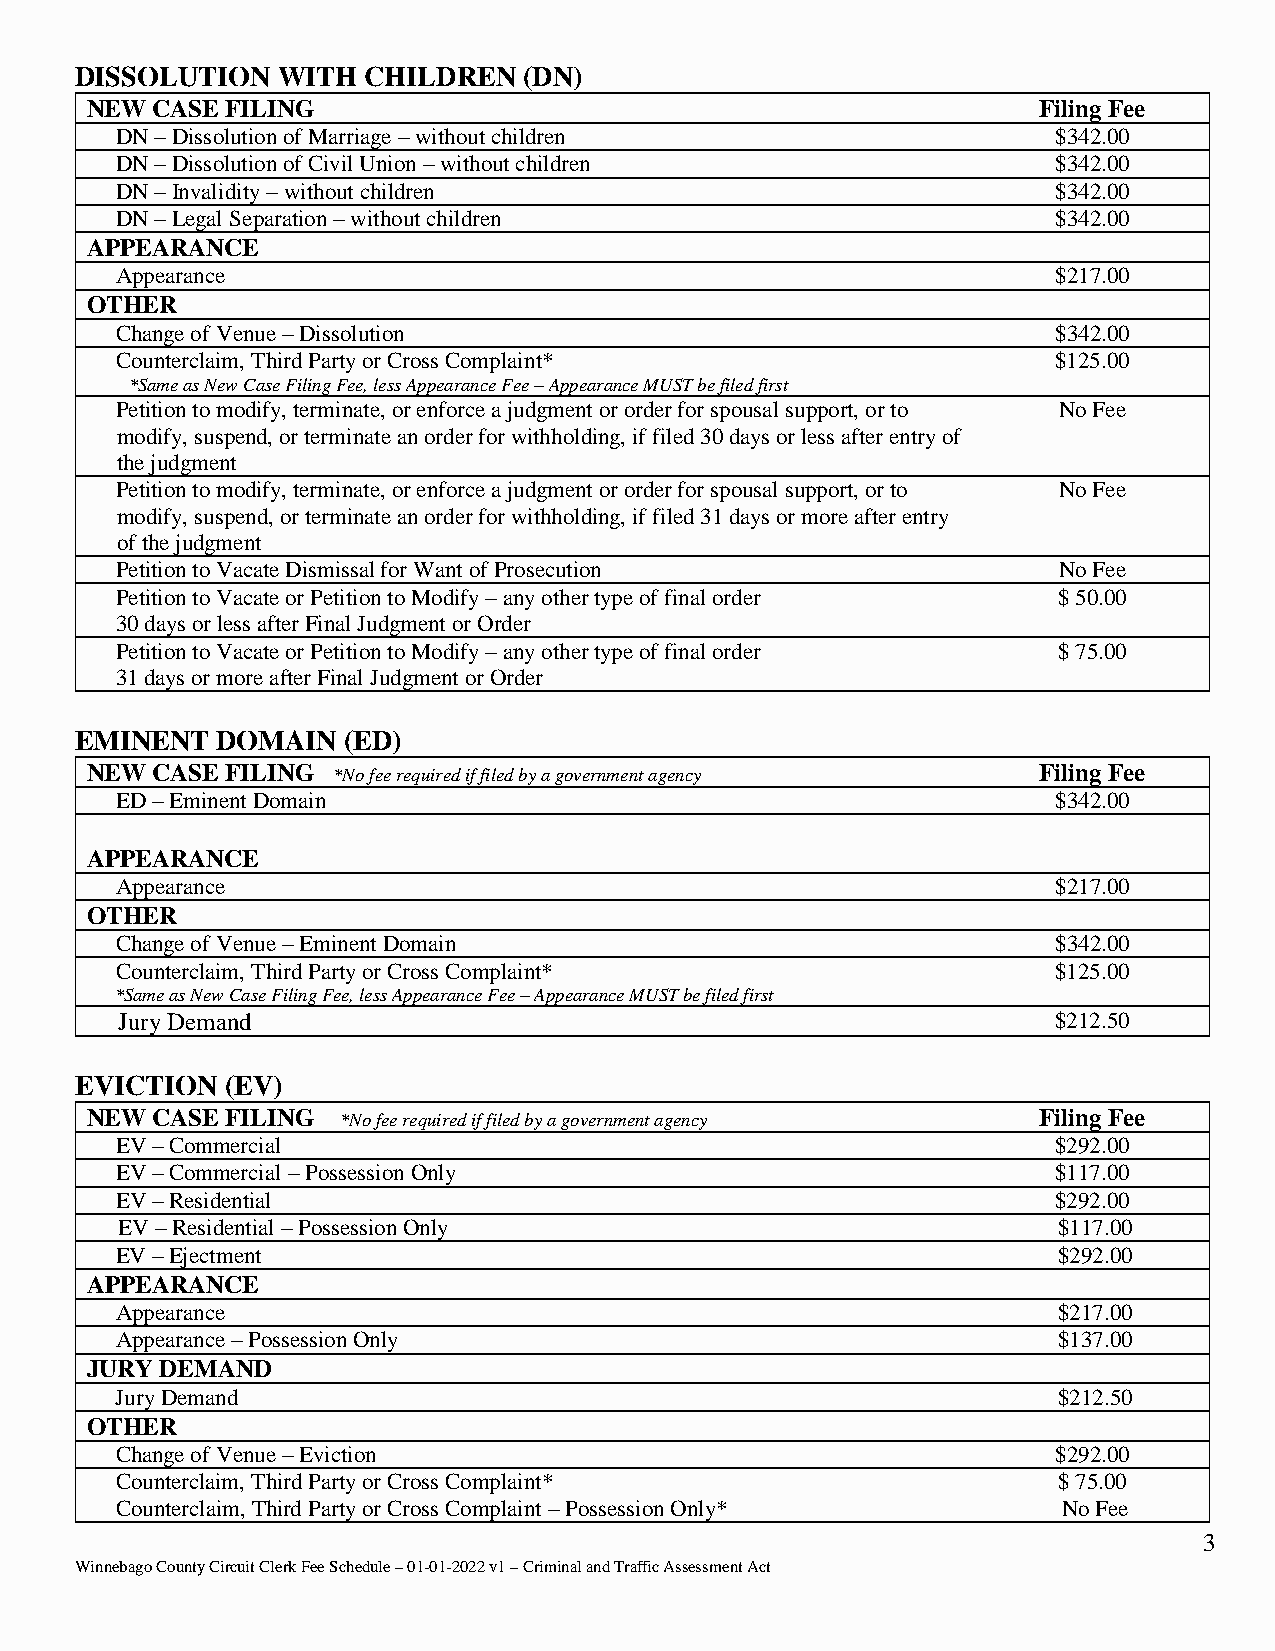
DISSOLUTION  WITH  CHILDREN   (DN)
 NEW CASE FILING                                                Filing Fee
 DN – Dissolution of Marriage – without children               $342.00
 DN – Dissolution of Civil Union – without children            $342.00
 DN – Invalidity – without children                            $342.00
 DN – Legal Separation – without children                      $342.00
 APPEARANCE
 Appearance                                                    $217.00
 OTHER
 Change of Venue – Dissolution                                 $342.00
 Counterclaim, Third Party or Cross Complaint*                 $125.00
 *Same as New Case Filing Fee, less Appearance Fee – Appearance MUST be filed first
 Petition to modify, terminate, or enforce a judgment or order for spousal support, or to No Fee
 modify, suspend, or terminate an order for withholding, if filed 30 days or less after entry of
 the judgment
 Petition to modify, terminate, or enforce a judgment or order for spousal support, or to No Fee
 modify, suspend, or terminate an order for withholding, if filed 31 days or more after entry
 of the judgment
 Petition to Vacate Dismissal for Want of Prosecution          No Fee
 Petition to Vacate or Petition to Modify – any other type of final order $ 50.00
 30 days or less after Final Judgment or Order
 Petition to Vacate or Petition to Modify – any other type of final order $ 75.00
 31 days or more after Final Judgment or Order
 EMINENT  DOMAIN   (ED)
 NEW CASE FILING *No fee required if filed by a government agency Filing Fee
 ED – Eminent Domain                                           $342.00
 APPEARANCE
 Appearance                                                    $217.00
 OTHER
 Change of Venue – Eminent Domain                              $342.00
 Counterclaim, Third Party or Cross Complaint*                 $125.00
 *Same as New Case Filing Fee, less Appearance Fee – Appearance MUST be filed first
 Jury Demand                                                   $212.50
 EVICTION  (EV)
 NEW CASE FILING *No fee required if filed by a government agency Filing Fee
 EV – Commercial                                               $292.00
 EV – Commercial – Possession Only                             $117.00
 EV – Residential                                              $292.00
 EV – Residential – Possession Only                            $117.00
 EV – Ejectment                                                $292.00
 APPEARANCE
 Appearance                                                    $217.00
 Appearance – Possession Only                                  $137.00
 JURY DEMAND
 Jury Demand                                                   $212.50
 OTHER
 Change of Venue – Eviction                                    $292.00
 Counterclaim, Third Party or Cross Complaint*                 $ 75.00
 Counterclaim, Third Party or Cross Complaint – Possession Only* No Fee
 3
 Winnebago County Circuit Clerk Fee Schedule – 01-01-2022 v1 – Criminal and Traffic Assessment Act